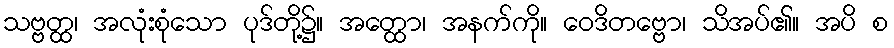
သဗ္ဗတ္ထ၊ အလုံးစုံသော ပုဒ်တို့၌။ အတ္ထော၊ အနက်ကို။ ဝေဒိတဗ္ဗော၊ သိအပ်၏။ အပိ စ